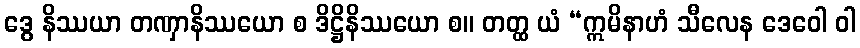
ဒွေ နိဿယာ တဏှာနိဿယော စ ဒိဋ္ဌိနိဿယော စ။ တတ္ထ ယံ “ဣမိနာဟံ သီလေန ဒေဝေါ ဝါ